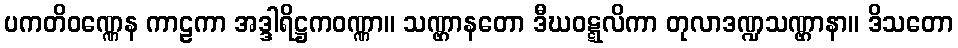
ပကတိဝဏ္ဏေန ကာဠကာ အဒ္ဒါရိဋ္ဌကဝဏ္ဏာ။ သဏ္ဌာနတော ဒီဃဝဋ္ဋလိကာ တုလာဒဏ္ဍသဏ္ဌာနာ။ ဒိသတော